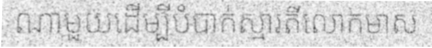
ណាមួយដើម្បីបំបាក់ស្មារតីលោកមាស